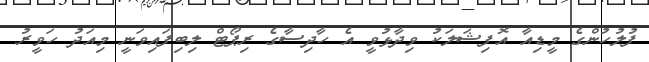
ފުލުހުންގެ މީޑިއާ އޮފިޝަލަކު ވިދާޅުވީ އެ ހާދިސާގެ ރިޕޯޓް ލިބިފައިވަނީ މިއަދު ހަވީރު